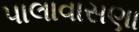
પાલાવાસણા